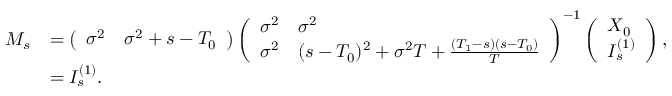
\begin{array} { r l } { M _ { s } } & { = \left( \begin{array} { l l } { \sigma ^ { 2 } } & { \sigma ^ { 2 } + s - T _ { 0 } } \end{array} \right) \left( \begin{array} { l l } { \sigma ^ { 2 } } & { \sigma ^ { 2 } } \\ { \sigma ^ { 2 } } & { ( s - T _ { 0 } ) ^ { 2 } + \sigma ^ { 2 } T + \frac { ( T _ { 1 } - s ) ( s - T _ { 0 } ) } { T } } \end{array} \right) ^ { - 1 } \left( \begin{array} { l } { X _ { 0 } } \\ { I _ { s } ^ { ( 1 ) } } \end{array} \right) , } \\ & { = I _ { s } ^ { ( 1 ) } . } \end{array}